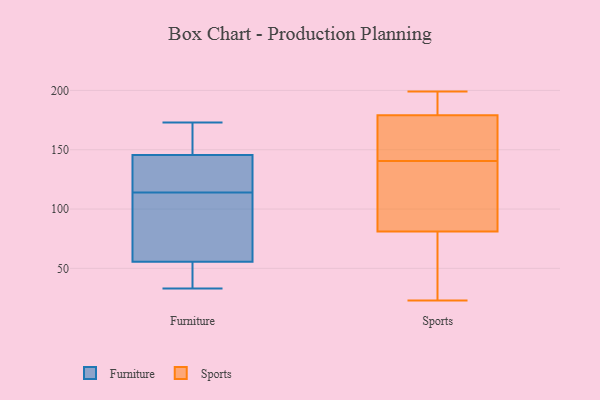
{"axis": {"x": "Conversion Rate (%)", "y": "Value"}, "legend": ["Furniture", "Sports"], "data": [{"x": "", "y": 47, "type": "Furniture"}, {"x": "", "y": 134, "type": "Furniture"}, {"x": "", "y": 55, "type": "Furniture"}, {"x": "", "y": 166, "type": "Furniture"}, {"x": "", "y": 71, "type": "Furniture"}, {"x": "", "y": 56, "type": "Furniture"}, {"x": "", "y": 139, "type": "Furniture"}, {"x": "", "y": 94, "type": "Furniture"}, {"x": "", "y": 149, "type": "Furniture"}, {"x": "", "y": 33, "type": "Furniture"}, {"x": "", "y": 173, "type": "Furniture"}, {"x": "", "y": 142, "type": "Furniture"}, {"x": "", "y": 179, "type": "Sports"}, {"x": "", "y": 81, "type": "Sports"}, {"x": "", "y": 126, "type": "Sports"}, {"x": "", "y": 155, "type": "Sports"}, {"x": "", "y": 124, "type": "Sports"}, {"x": "", "y": 190, "type": "Sports"}, {"x": "", "y": 76, "type": "Sports"}, {"x": "", "y": 199, "type": "Sports"}, {"x": "", "y": 23, "type": "Sports"}, {"x": "", "y": 155, "type": "Sports"}]}